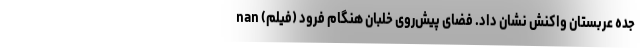
جده عربستان واکنش نشان داد. فضای پیش‌روی خلبان هنگام فرود (فیلم) nan